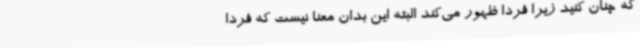
که چنان کنید زیرا فردا ظهور می‌کند البته این بدان معنا نیست که فردا